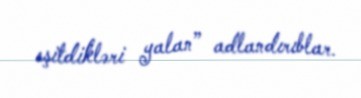
eşitdikləri yalan” adlandırıblar.